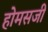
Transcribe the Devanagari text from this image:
होमसजी